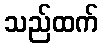
သည်ထက်